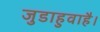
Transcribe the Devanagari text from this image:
जुडाहुवाहै।